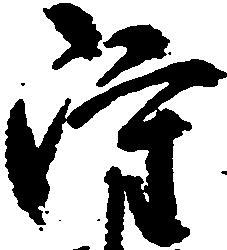
雖